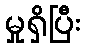
မှုရှိပြီး